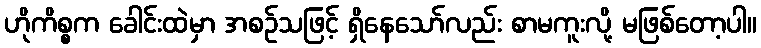
ဟိုကိစ္စက ခေါင်းထဲမှာ အစဉ်သဖြင့် ရှိနေသော်လည်း စာမကူးလို့ မဖြစ်တော့ပါ။